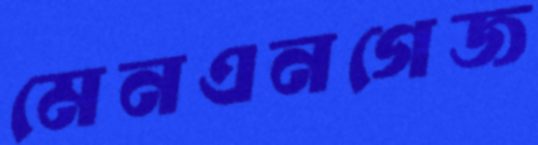
মেনএনগেজ